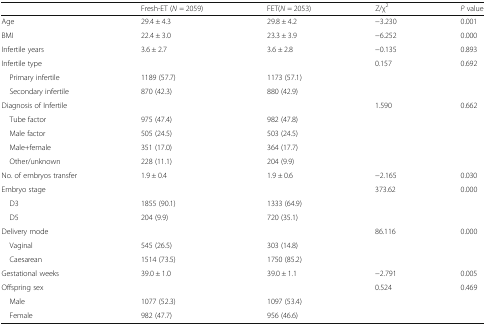
<table><thead><tr><td></td><td><b>Fresh-ET (<i>N</i> = 2059)</b></td><td><b>FET(<i>N</i> = 2053)</b></td><td><b>Z/χ<sup>2</sup></b></td><td><b><i>P</i> value</b></td></tr></thead><tbody><tr><td>Age</td><td>29.4 ± 4.3</td><td>29.8 ± 4.2</td><td>−3.230</td><td>0.001</td></tr><tr><td>BMI</td><td>22.4 ± 3.0</td><td>23.3 ± 3.9</td><td>−6.252</td><td>0.000</td></tr><tr><td>Infertile years</td><td>3.6 ± 2.7</td><td>3.6 ± 2.8</td><td>−0.135</td><td>0.893</td></tr><tr><td>Infertile type</td><td></td><td></td><td>0.157</td><td>0.692</td></tr><tr><td> Primary infertile</td><td>1189 (57.7)</td><td>1173 (57.1)</td><td></td><td></td></tr><tr><td> Secondary infertile</td><td>870 (42.3)</td><td>880 (42.9)</td><td></td><td></td></tr><tr><td>Diagnosis of Infertile</td><td></td><td></td><td>1.590</td><td>0.662</td></tr><tr><td> Tube factor</td><td>975 (47.4)</td><td>982 (47.8)</td><td></td><td></td></tr><tr><td> Male factor</td><td>505 (24.5)</td><td>503 (24.5)</td><td></td><td></td></tr><tr><td> Male+female</td><td>351 (17.0)</td><td>364 (17.7)</td><td></td><td></td></tr><tr><td> Other/unknown</td><td>228 (11.1)</td><td>204 (9.9)</td><td></td><td></td></tr><tr><td>No. of embryos transfer</td><td>1.9 ± 0.4</td><td>1.9 ± 0.6</td><td>−2.165</td><td>0.030</td></tr><tr><td>Embryo stage</td><td></td><td></td><td>373.62</td><td>0.000</td></tr><tr><td> D3</td><td>1855 (90.1)</td><td>1333 (64.9)</td><td></td><td></td></tr><tr><td> D5</td><td>204 (9.9)</td><td>720 (35.1)</td><td></td><td></td></tr><tr><td>Delivery mode</td><td></td><td></td><td>86.116</td><td>0.000</td></tr><tr><td> Vaginal</td><td>545 (26.5)</td><td>303 (14.8)</td><td></td><td></td></tr><tr><td> Caesarean</td><td>1514 (73.5)</td><td>1750 (85.2)</td><td></td><td></td></tr><tr><td>Gestational weeks</td><td>39.0 ± 1.0</td><td>39.0 ± 1.1</td><td>−2.791</td><td>0.005</td></tr><tr><td>Offspring sex</td><td></td><td></td><td>0.524</td><td>0.469</td></tr><tr><td> Male</td><td>1077 (52.3)</td><td>1097 (53.4)</td><td></td><td></td></tr><tr><td> Female</td><td>982 (47.7)</td><td>956 (46.6)</td><td></td><td></td></tr></tbody></table>